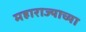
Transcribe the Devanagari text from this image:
महाराज्याच्या